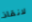
لانقاذ